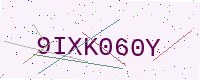
Text: 9IXK060Y